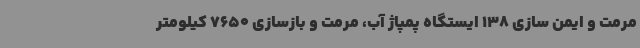
مرمت و ایمن سازی 138 ایستگاه پمپاژ آب، مرمت و بازسازی 7650 کیلومتر